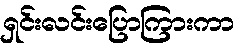
ရှင်းလင်းပြောကြားကာ